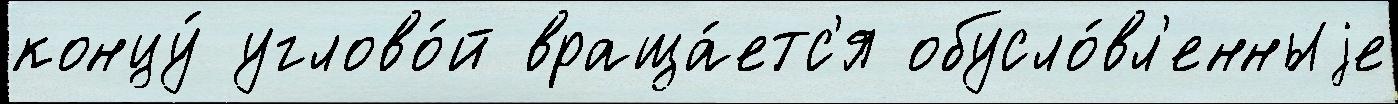
концу́ углово́й враща́етс'я обусло́вл'енныjе